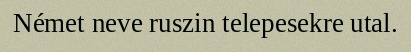
Német neve ruszin telepesekre utal.